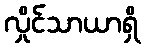
လှိုင်သာယာရှိ